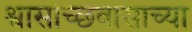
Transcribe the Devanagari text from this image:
श्वासोच्छवासाच्या